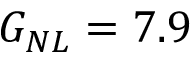
G _ { N L } = 7 . 9